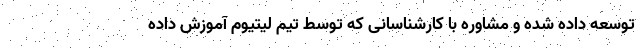
توسعه داده شده و مشاوره با کارشناسانی که توسط تیم لیتیوم آموزش داده